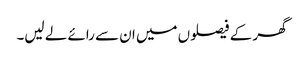
گھر کے فیصلوں میں ان سے رائے لے لیں۔